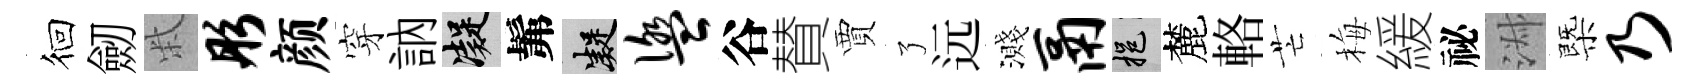
徊劒柴彤颜穿訥凝髴凝盥谷賛賈了远濺鬲挹麓輅芒梅緩祕淑㮣乃